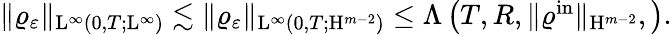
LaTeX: \begin{array}{r}{\Vert\varrho_{\varepsilon}\Vert_{\mathrm{L}^{\infty}(0,T;\mathrm{L}^{\infty})}\lesssim\Vert\varrho_{\varepsilon}\Vert_{\mathrm{L}^{\infty}(0,T;\mathrm{H}^{m-2})}\leq\Lambda\left(T,R,\Vert\varrho^{\mathrm{in}}\Vert_{\mathrm{H}^{m-2}},\right).}\end{array}